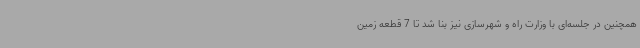
همچنین در جلسه‌ای با وزارت راه و شهرسازی نیز بنا شد تا 7 قطعه زمین